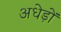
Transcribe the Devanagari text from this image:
अधेड़ों